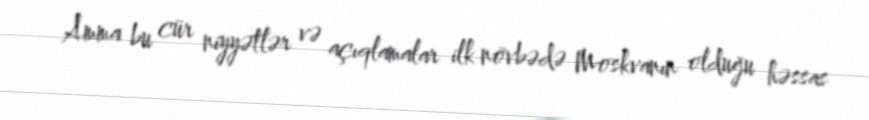
Amma bu cür niyyətlər və açıqlamalar ilk növbədə Moskvanın olduğu həssas